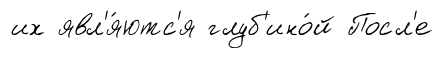
их явл'я́ютс'я глуб'ино́й Посл'е